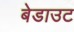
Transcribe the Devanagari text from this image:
बेडाउट